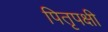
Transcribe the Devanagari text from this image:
पितृपक्षी